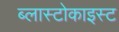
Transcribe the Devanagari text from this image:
ब्लास्टोकाइस्ट